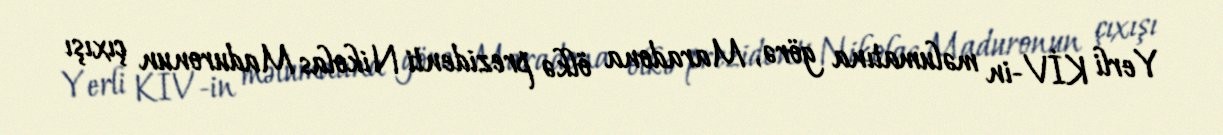
Yerli KİV-in məlumatına görə, Maradona ölkə prezidenti Nikolas Maduronun çıxışı